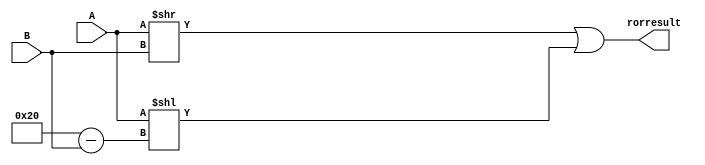
module ROR(
	input[31:0] A, //value being rotated
	input[31:0] B, //amount of bits A is being rotated
	output reg [31:0] rorresult
);
	
always @ (A or B)
	begin
		rorresult = (A >> B) | (A << (32-B));
	end
endmodule